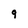
Character: 9